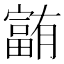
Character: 𪧰